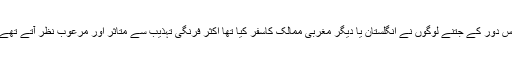
اس دور کے جتنے لوگوں نے انگلستان یا دیگر مغربی ممالک کاسفر کیا تھا اکثر فرنگی تہذیب سے متاثر اور مرعوب نظر آتے تھے۔